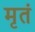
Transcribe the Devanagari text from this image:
मृतं